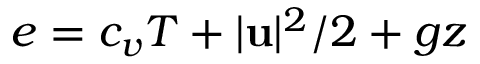
e = c _ { v } T + | \mathbf u | ^ { 2 } / 2 + g z